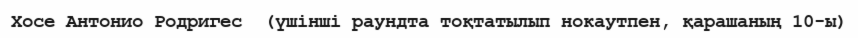
Хосе Антонио Родригес  (үшінші раундта тоқтатылып нокаутпен, қарашаның 10-ы)